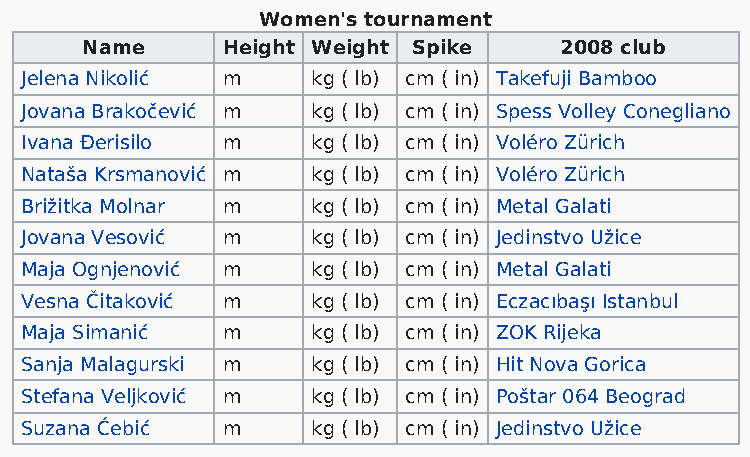
Women's tournament
 Name      Height Weight Spike   2008 club
 Jelena Nikolić m    kg ( lb) cm ( in) Takefuji Bamboo
 Jovana Brakočević m kg ( lb) cm ( in) Spess Volley Conegliano
 Ivana Đerisilo m    kg ( lb) cm ( in) Voléro Zürich
 Nataša Krsmanović m kg ( lb) cm ( in) Voléro Zürich
 Brižitka Molnar m   kg ( lb) cm ( in) Metal Galati
 Jovana Vesović m    kg ( lb) cm ( in) Jedinstvo Užice
 Maja Ognjenović m   kg ( lb) cm ( in) Metal Galati
 Vesna Čitaković m   kg ( lb) cm ( in) Eczacıbaşı Istanbul
 Maja Simanić  m     kg ( lb) cm ( in) ZOK Rijeka
 Sanja Malagurski m  kg ( lb) cm ( in) Hit Nova Gorica
 Stefana Veljković m kg ( lb) cm ( in) Poštar 064 Beograd
 Suzana Ćebić  m     kg ( lb) cm ( in) Jedinstvo Užice